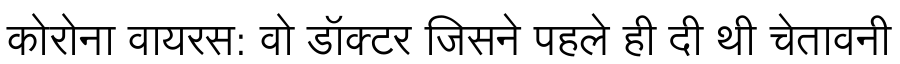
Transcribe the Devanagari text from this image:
कोरोना वायरस: वो डॉक्टर जिसने पहले ही दी थी चेतावनी